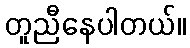
တူညီနေပါတယ်။